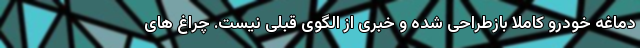
دماغه خودرو کاملا بازطراحی شده و خبری از الگوی قبلی نیست. چراغ های